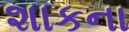
શાકના